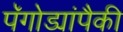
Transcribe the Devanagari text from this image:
पॅगोड्यांपैकी